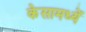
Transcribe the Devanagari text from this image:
केसामध्यें